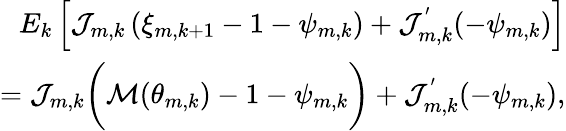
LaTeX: \begin{array}{r}{E_{k}\left[\mathcal{J}_{m,k}\left(\xi_{m,k+1}-1-\psi_{m,k}\right)+\mathcal{J}_{m,k}^{'}(-\psi_{m,k})\right]}\\ {=\mathcal{J}_{m,k}\bigg({\cal M}(\theta_{m,k})-1-{\psi}_{m,k}\bigg)+\mathcal{J}_{m,k}^{'}(-{\psi}_{m,k}),}\end{array}